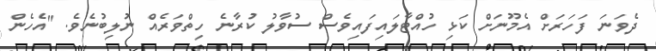
ދެވަނަ ފަހަރަށް އެމޫނަށް ކަޅި ހުއްޓާލައިފައިވެސް ސުވާލު ކުރާނެ ހިތްވަރެއް ނުލިބުނެވެ. "އެހެން